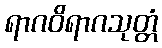
ရာဂဝိရာဂသုတ္တံ